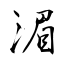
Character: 湄